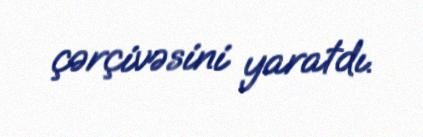
çərçivəsini yaratdı.